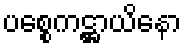
ပစ္စေကဋ္ဌာယိနော